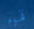
قوم